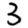
Digit: 3